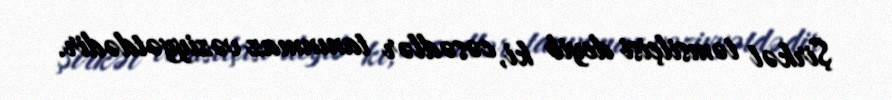
Şirkət təmsilçisi deyib ki, cəsədlər tanınmaz vəziyyətdədir.